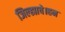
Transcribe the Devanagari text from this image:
जिल्ह्याचे।हन